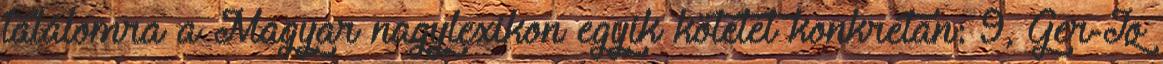
találomra a Magyar nagylexikon egyik kötetét konkrétan: 9, Ger-Iq